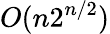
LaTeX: O(n2^{n/2})